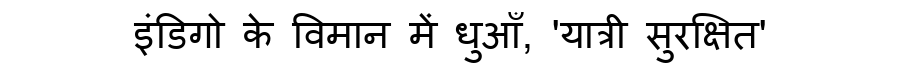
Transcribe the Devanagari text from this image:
इंडिगो के विमान में धुआँ, 'यात्री सुरक्षित'